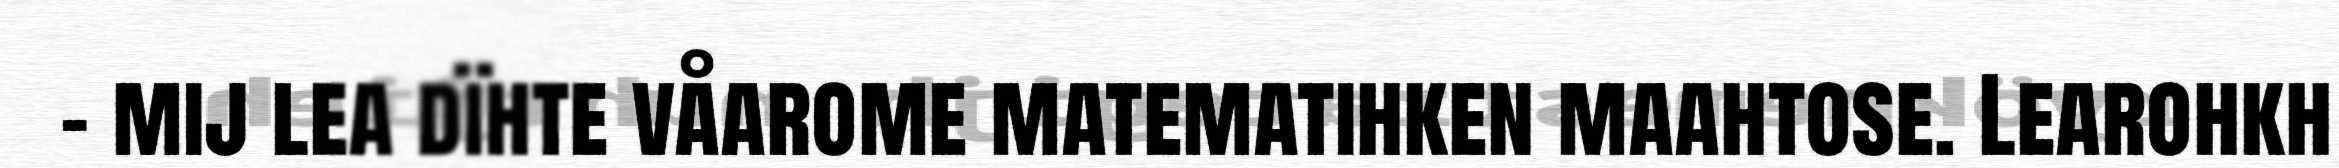
- mij lea dïhte våarome matematihken maahtose. Learohkh